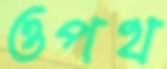
ওপথ